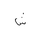
Letter: _shin